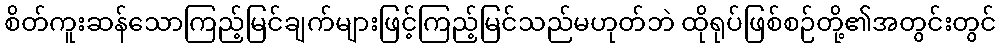
စိတ်ကူးဆန်သောကြည့်မြင်ချက်များဖြင့်ကြည့်မြင်သည်မဟုတ်ဘဲ ထိုရုပ်ဖြစ်စဉ်တို့၏အတွင်းတွင်